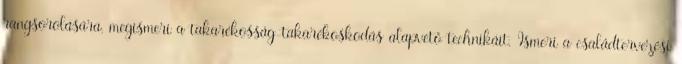
rangsorolására, megismeri a takarékosság-takarékoskodás alapvető technikáit. Ismeri a családtervezési